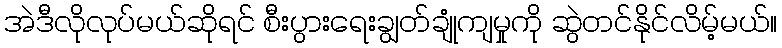
အဲဒီလိုလုပ်မယ်ဆိုရင် စီးပွားရေးချွတ်ချုံကျမှုကို ဆွဲတင်နိုင်လိမ့်မယ်။